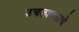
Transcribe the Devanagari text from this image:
उचलावयाचे